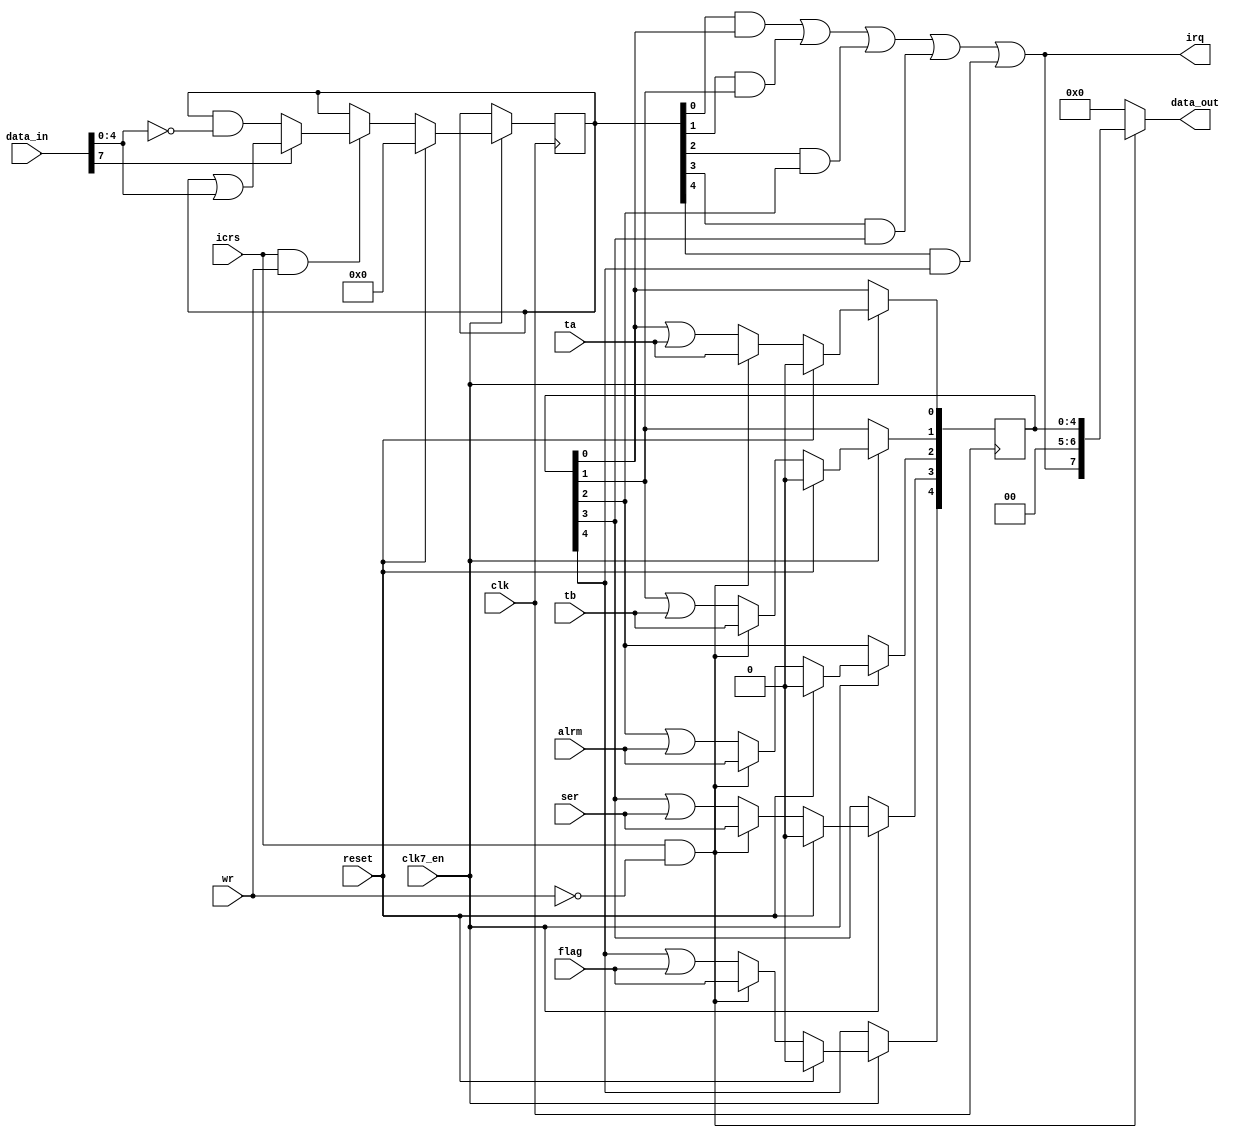
module cia_int
(
  input   clk,          // clock
  input clk7_en,
  input  wr,          // write enable
  input   reset,         // reset
  input   icrs,        // intterupt control register select
  input  ta,          // ta (set TA bit in ICR register)
  input  tb,            // tb (set TB bit in ICR register)
  input  alrm,         // alrm (set ALRM bit ICR register)
  input   flag,         // flag (set FLG bit in ICR register)
  input   ser,        // ser (set SP bit in ICR register)
  input   [7:0] data_in,    // bus data in
  output   [7:0] data_out,    // bus data out
  output  irq          // intterupt out
);

reg  [4:0] icr = 5'd0;      // interrupt register
reg  [4:0] icrmask = 5'd0;    // interrupt mask register

// reading of interrupt data register
assign data_out[7:0] = icrs && !wr ? {irq,2'b00,icr[4:0]} : 8'b0000_0000;

// writing of interrupt mask register
always @(posedge clk)
  if (clk7_en) begin
    if (reset)
      icrmask[4:0] <= 5'b0_0000;
    else if (icrs && wr)
    begin
      if (data_in[7])
        icrmask[4:0] <= icrmask[4:0] | data_in[4:0];
      else
        icrmask[4:0] <= icrmask[4:0] & (~data_in[4:0]);
    end
  end

// register new interrupts and/or changes by user reads
always @(posedge clk)
  if (clk7_en) begin
    if (reset)// synchronous reset
      icr[4:0] <= 5'b0_0000;
    else if (icrs && !wr)
    begin// clear latched intterupts on read
      icr[0] <= ta;      // timer a
      icr[1] <= tb;      // timer b
      icr[2] <= alrm;       // timer tod
      icr[3] <= ser;       // external ser input
      icr[4] <= flag;      // external flag input
    end
    else
    begin// keep latched intterupts
      icr[0] <= icr[0] | ta;    // timer a
      icr[1] <= icr[1] | tb;    // timer b
      icr[2] <= icr[2] | alrm;  // timer tod
      icr[3] <= icr[3] | ser;    // external ser input
      icr[4] <= icr[4] | flag;  // external flag input
    end
  end

// generate irq output (interrupt request)
assign irq   = (icrmask[0] & icr[0])
      | (icrmask[1] & icr[1])
      | (icrmask[2] & icr[2])
      | (icrmask[3] & icr[3])
      | (icrmask[4] & icr[4]);


endmodule